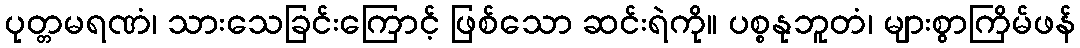
ပုတ္တမရဏံ၊ သားသေခြင်းကြောင့် ဖြစ်သော ဆင်းရဲကို။ ပစ္စနုဘူတံ၊ များစွာကြိမ်ဖန်